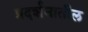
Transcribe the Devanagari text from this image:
प्रदर्शनातील